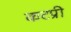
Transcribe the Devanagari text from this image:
कटप्री